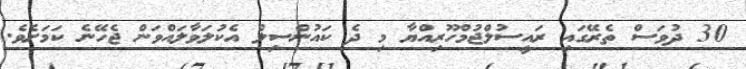
30 ދުވަސް ތެރޭގައި ރައީސުލްޖުމްހޫރިއްޔާ މި ދެ ކައުންސިލް އެކުލަވާލައްވަން ޖެހޭނެ ކަމަށެވެ.